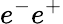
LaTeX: e^{-}e^{+}